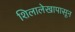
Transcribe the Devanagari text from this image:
शिलालेखापासून